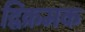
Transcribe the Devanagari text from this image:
द्विक्रमक